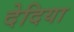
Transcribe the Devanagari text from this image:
देदिया